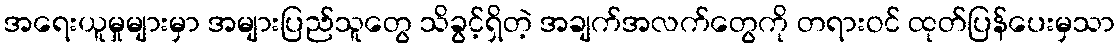
အရေးယူမှုများမှာ အများပြည်သူတွေ သိခွင့်ရှိတဲ့ အချက်အလက်တွေကို တရားဝင် ထုတ်ပြန်ပေးမှသာ